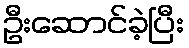
ဦးဆောင်ခဲ့ပြီး